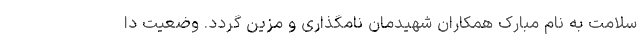
سلامت به نام مبارک همکاران شهیدمان نامگذاری و مزین گردد. وضعیت دا